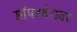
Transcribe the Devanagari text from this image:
सॉफ्टवेरावर